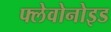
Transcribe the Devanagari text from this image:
फ्लेवोनोइड